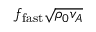
f _ { \mathrm { f a s t } } \sqrt { \rho _ { 0 } v _ { A } }